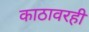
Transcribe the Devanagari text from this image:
काठावरही